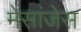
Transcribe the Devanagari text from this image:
मेसांजेस